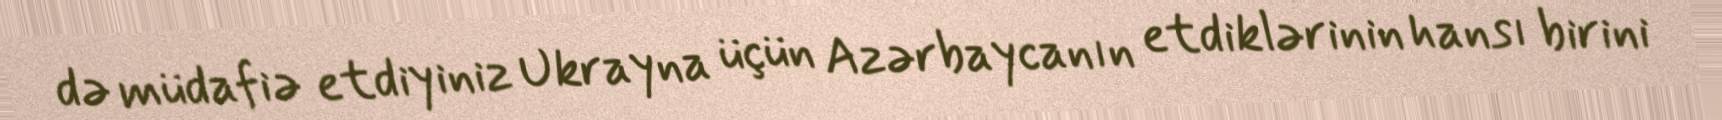
də müdafiə etdiyiniz Ukrayna üçün Azərbaycanın etdiklərinin hansı birini